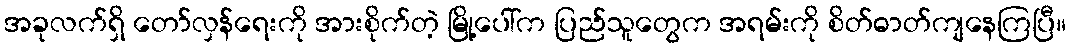
အခုလက်ရှိ တော်လှန်ရေးကို အားစိုက်တဲ့ မြို့ပေါ်က ပြည်သူတွေက အရမ်းကို စိတ်ဓာတ်ကျနေကြပြီ။